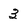
Character: 3